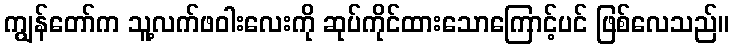
ကျွန်တော်က သူ့လက်ဖဝါးလေးကို ဆုပ်ကိုင်ထားသောကြောင့်ပင် ဖြစ်လေသည်။